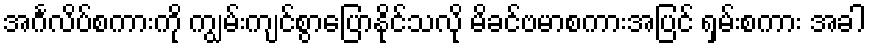
အင်္ဂလိပ်စကားကို ကျွမ်းကျင်စွာပြောနိုင်သလို မိခင်ဗမာစကားအပြင် ရှမ်းစကား အခါ